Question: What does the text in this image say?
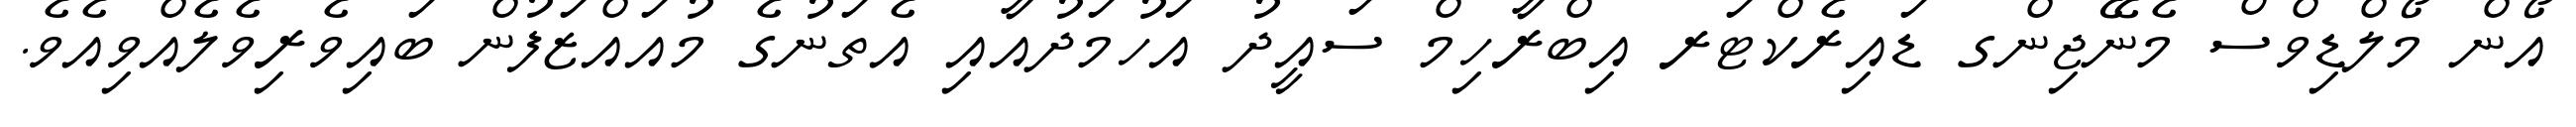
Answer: އޯން މޯލްޑިވްސް މެނޭޖިންގ ޑައިރެކްޓަރ އިބްރާހިމް ސައީދު އަހުމަދުއާއި އެތަނުގެ މުއައްޒަފުން ބައިވެރިވެލެއްވިއެވެ.